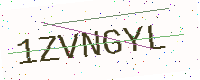
Text: 1ZVNGYL